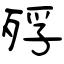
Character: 殍